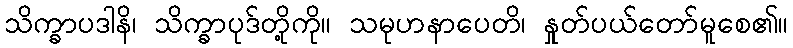
သိက္ခာပဒါနိ၊ သိက္ခာပုဒ်တို့ကို။ သမုဟနာပေတိ၊ နှုတ်ပယ်တော်မူစေ၏။